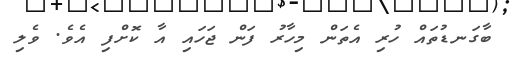
ބާގަނޑުތައް ހުރި އެތަން މިހާރު ފަން ޖަހައި އާ ކޮށްފި އެވެ. ވެލި